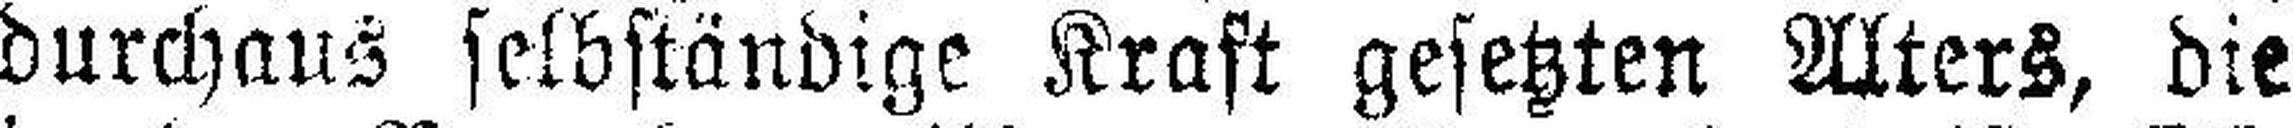
durchaus selbständige Kraft gesetzten Alters, die